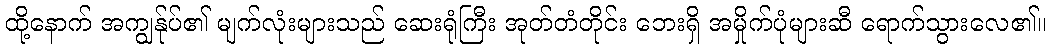
ထို့နောက် အကျွန်ုပ်၏ မျက်လုံးများသည် ဆေးရုံကြီး အုတ်တံတိုင်း ဘေးရှိ အမှိုက်ပုံများဆီ ရောက်သွားလေ၏။